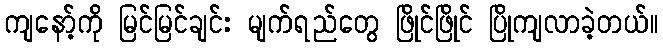
ကျနော့်ကို မြင်မြင်ချင်း မျက်ရည်တွေ ဖြိုင်ဖြိုင် ပြိုကျလာခဲ့တယ်။